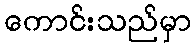
ကောင်းသည်မှာ